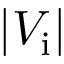
| V _ { \mathrm { i } } |